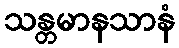
သန္တမာနသာနံ